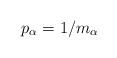
LaTeX: \begin{align*}p_\alpha =1/m_\alpha\end{align*}